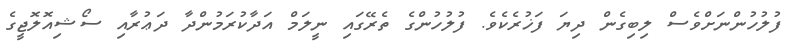
ފުލުހުންނަށްވެސް ލިބިގެން ދިޔަ ފަޚުރެކެވެ. ފުލުހުންގެ ތެރޭގައި ނީލަމް އަދާކުރަމުންދާ ދަޢުރާއި ސޯޝިއޮލޮޖީގެ